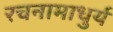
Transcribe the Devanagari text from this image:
रचनामाधुर्य